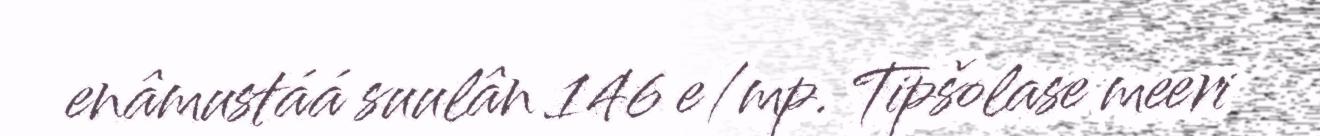
enâmustáá suulân 146 e/mp. Tipšolase meeri